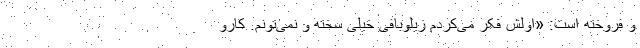
و فروخته است: «اولش فکر می‌کردم زیلوبافی خیلی سخته و نمی‌تونم. کارو